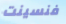
فنسينت